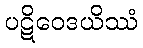
ပဋိဝေဒယိဿံ